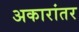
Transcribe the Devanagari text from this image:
अकारांतर